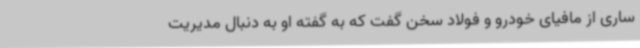
ساری از مافیای خودرو و فولاد سخن گفت که به گفته او به دنبال مدیریت